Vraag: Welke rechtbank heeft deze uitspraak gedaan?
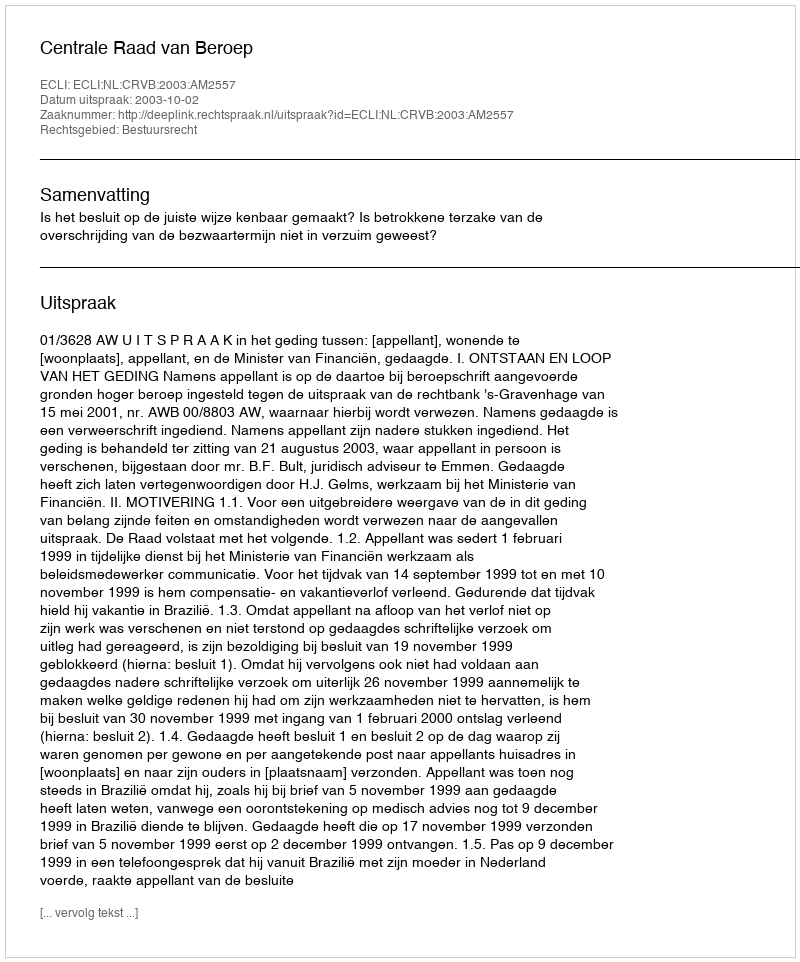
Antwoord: Centrale Raad van Beroep